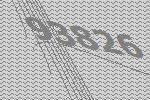
93826